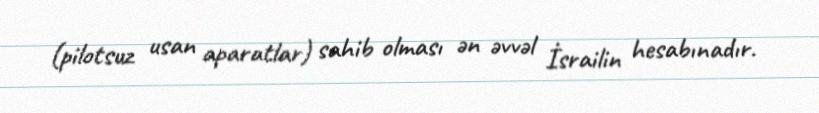
(pilotsuz usan aparatlar) sahib olması ən əvvəl İsrailin hesabınadır.